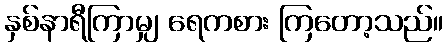
နှစ်နာရီကြာမျှ ရေကစား ကြတော့သည်။